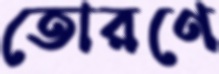
তোরণে